Scottish Leaving Certificate Examination, 1960
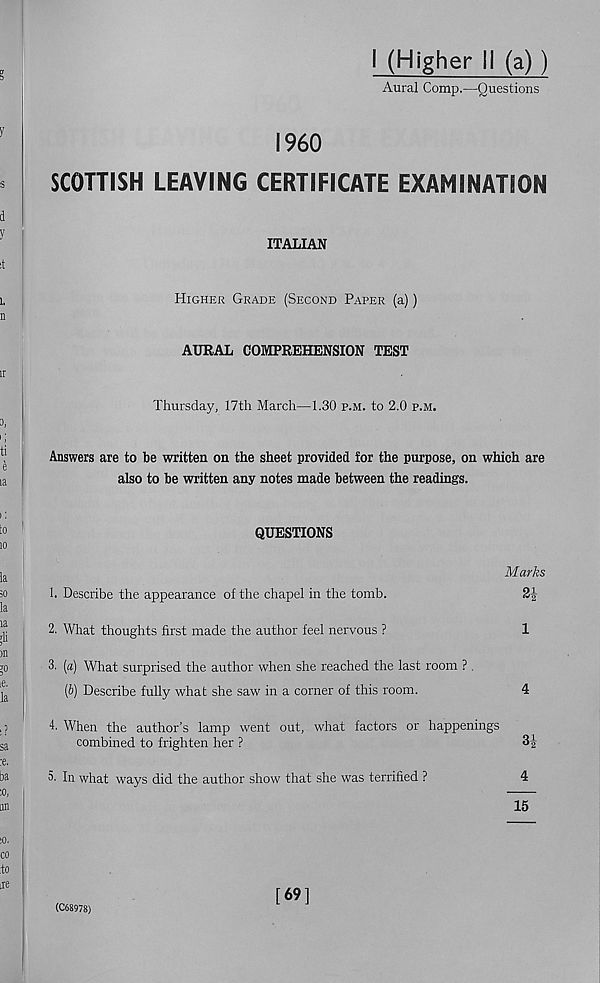
I (Higher II (a) )
Aural Comp.—Questions
I960
SCOTTISH LEAVING CERTIFICATE EXAMINATION
ITALIAN
Higher Grade (Second Paper (a))
AURAL COMPREHENSION TEST
Thursday, 17th March—1.30 p.m. to 2.0 p.m.
Answers are to be written on the sheet provided for the purpose, on which are
also to be written any notes made between the readings.
QUESTIONS
Marks
1. Describe the appearance of the chapel in the tomb.
2%
2. What thoughts first made the author feel nervous ?
1
3. (a) What surprised the author when she reached the last room ?.
(b) Describe fully what she saw in a corner of this room.
4
4. When the author’s lamp went out, what factors or happenings
combined to frighten her ?
3-|
5. In what ways did the author show that she was terrified ?
4
15
(C68978)
[69]